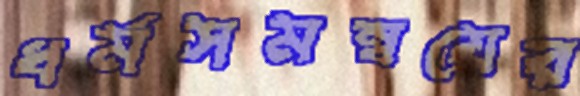
ধর্মসমন্বয়ের